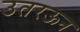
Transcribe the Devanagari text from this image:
उतरऊन